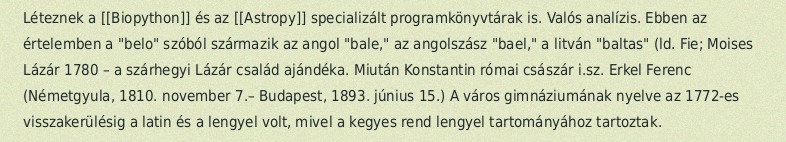
Léteznek a [[Biopython]] és az [[Astropy]] specializált programkönyvtárak is. Valós analízis. Ebben az értelemben a "belo" szóból származik az angol "bale," az angolszász "bael," a litván "baltas" (ld. Fie; Moises Lázár 1780 – a szárhegyi Lázár család ajándéka. Miután Konstantin római császár i.sz. Erkel Ferenc (Németgyula, 1810. november 7.– Budapest, 1893. június 15.) A város gimnáziumának nyelve az 1772-es visszakerülésig a latin és a lengyel volt, mivel a kegyes rend lengyel tartományához tartoztak.